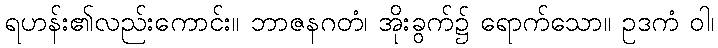
ရဟန်း၏လည်းကောင်း။ ဘာဇနဂတံ၊ အိုးခွက်၌ ရောက်သော။ ဥဒကံ ဝါ၊